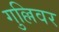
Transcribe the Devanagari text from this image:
गुल्लिवर